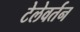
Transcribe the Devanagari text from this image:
टेलेवर्तन